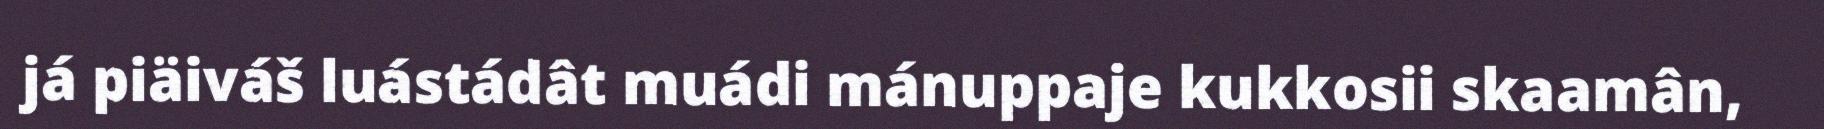
já piäiváš luástádât muádi mánuppaje kukkosii skaamân,